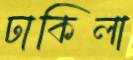
ঢাকিলা